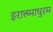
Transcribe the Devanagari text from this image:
इरात्त्य्माधुरम